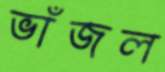
ভাঁজল